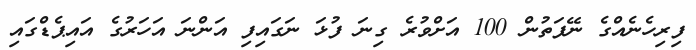
ފިރިހެނެއްގެ ނޭފަތުން 100 އަށްވުރެ ގިނަ ފުޅަ ނަގައިފި އަންނަ އަހަރުގެ އައިޕެޑްގައި